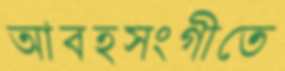
আবহসংগীতে